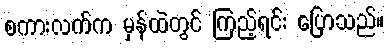
စကားလက်က မှန်ထဲတွင် ကြည့်ရင်း ပြောသည်။